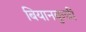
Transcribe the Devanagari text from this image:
बियानकुची